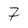
Character: 7